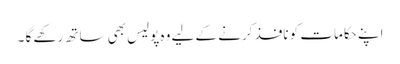
اپنے حکامات کو نافذ کرنے کے لیے وہ پولیس بھی ساتھ رکھے گا ۔